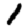
Digit: 1